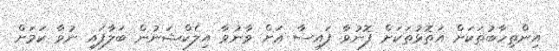
އިންތިހާބުތަކަށް އަތޮޅުތަކަށް ފޮނުވާ ފައިސާ އަށް ވާނުވާ އިލެކްޝަނުން ބަލާފައި ނުވާ ކަމަށް